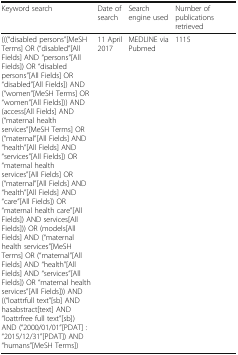
<table><thead><tr><td><b>Keyword search</b></td><td><b>Date of search</b></td><td><b>Search engine used</b></td><td><b>Number of publications retrieved</b></td></tr></thead><tbody><tr><td>(((“disabled persons”[MeSH Terms] OR (“disabled”[All Fields] AND “persons”[All Fields]) OR “disabled persons”[All Fields] OR “disabled”[All Fields]) AND (“women”[MeSH Terms] OR “women”[All Fields])) AND (access[All Fields] AND (“maternal health services”[MeSH Terms] OR (“maternal”[All Fields] AND “health”[All Fields] AND “services”[All Fields]) OR “maternal health services”[All Fields] OR (“maternal”[All Fields] AND “health”[All Fields] AND “care”[All Fields]) OR “maternal health care”[All Fields]) AND services[All Fields])) OR (models[All Fields] AND (“maternal health services”[MeSH Terms] OR (“maternal”[All Fields] AND “health”[All Fields] AND “services”[All Fields]) OR “maternal health services”[All Fields])) AND ((“loattrfull text”[sb] AND hasabstract[text] AND “loattrfree full text”[sb]) AND (“2000/01/01”[PDAT] : “2015/12/31”[PDAT]) AND “humans”[MeSH Terms])</td><td>11 April 2017</td><td>MEDLINE via Pubmed</td><td>1115</td></tr></tbody></table>